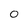
Character: 0